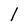
Character: l